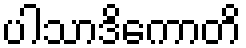
ပါသာဒိကောတိ